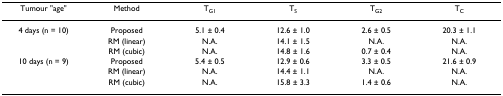
<table><thead><tr><td><b>Tumour &quot;age&quot;</b></td><td><b>Method</b></td><td><b>T<sub>G1</sub></b></td><td><b>T<sub>S</sub></b></td><td><b>T<sub>G2</sub></b></td><td><b>T<sub>C</sub></b></td></tr></thead><tbody><tr><td>4 days (n = 10)</td><td>Proposed</td><td>5.1 ± 0.4</td><td>12.6 ± 1.0</td><td>2.6 ± 0.5</td><td>20.3 ± 1.1</td></tr><tr><td></td><td>RM (linear)</td><td>N.A.</td><td>14.1 ± 1.5</td><td>N.A.</td><td>N.A.</td></tr><tr><td></td><td>RM (cubic)</td><td>N.A.</td><td>14.8 ± 1.6</td><td>0.7 ± 0.4</td><td>N.A.</td></tr><tr><td>10 days (n = 9)</td><td>Proposed</td><td>5.4 ± 0.5</td><td>12.9 ± 0.6</td><td>3.3 ± 0.5</td><td>21.6 ± 0.9</td></tr><tr><td></td><td>RM (linear)</td><td>N.A.</td><td>14.4 ± 1.1</td><td>N.A.</td><td>N.A.</td></tr><tr><td></td><td>RM (cubic)</td><td>N.A.</td><td>15.8 ± 3.3</td><td>1.4 ± 0.6</td><td>N.A.</td></tr></tbody></table>